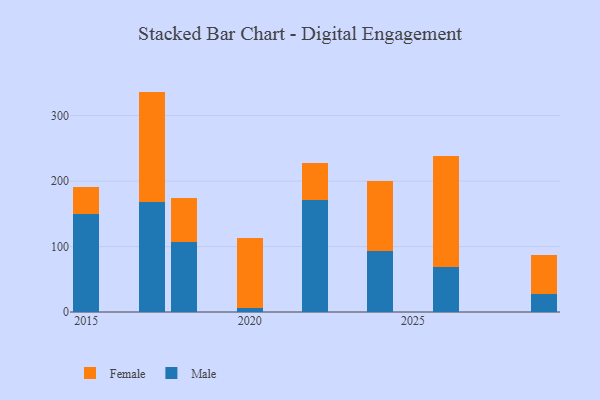
{"axis": {"x": "Year", "y": "Budget (USD K)"}, "legend": ["Female", "Male"], "data": [{"x": "2015", "y": 149.8, "type": "Male"}, {"x": "2015", "y": 40.8, "type": "Female"}, {"x": "2029", "y": 27.2, "type": "Male"}, {"x": "2029", "y": 59.5, "type": "Female"}, {"x": "2020", "y": 6.1, "type": "Male"}, {"x": "2020", "y": 106.5, "type": "Female"}, {"x": "2024", "y": 93.8, "type": "Male"}, {"x": "2024", "y": 106.7, "type": "Female"}, {"x": "2022", "y": 170.7, "type": "Male"}, {"x": "2022", "y": 56.5, "type": "Female"}, {"x": "2018", "y": 106.8, "type": "Male"}, {"x": "2018", "y": 67.5, "type": "Female"}, {"x": "2026", "y": 68.8, "type": "Male"}, {"x": "2026", "y": 169.2, "type": "Female"}, {"x": "2017", "y": 168.7, "type": "Male"}, {"x": "2017", "y": 168.0, "type": "Female"}]}